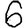
Digit: 6